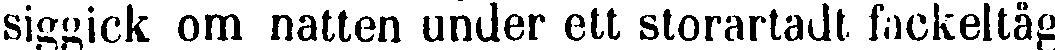
siggick om natten under ett storartadt fackeltåg